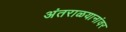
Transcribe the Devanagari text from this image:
अंतराळयानांवर